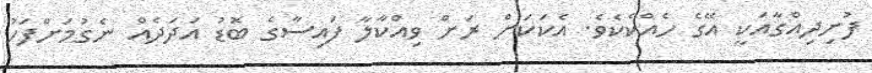
ފުށިދިއްގާއަކީ އޭގެ ހެއްކެކެވެ. އެކަކަށް ރަށް ވިއްކާލާ ފައިސާގެ ބޮޑު އަދަދެއް ނެގުމަށްފަހު